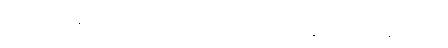
သဗ္ဗသကုဏာနံ ကောလံကောလာ အညမညပစ္စယာတိ အနွတ္ထသညာ ပူရေ ဒုက္ခာတိ